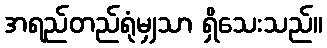
အရည်တည်ရုံမျှသာ ရှိသေးသည်။